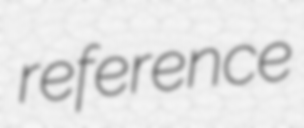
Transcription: reference